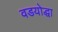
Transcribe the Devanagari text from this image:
वडयोद्धा